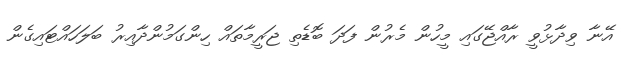
އޭނާ ވިދާޅުވީ ރާއްޖޭގައި މީހުން މެރުން ފަދަ ބޮޑެތި ޖަރީމާތައް ހިންގަމުންދާއިރު ބަލަހައްޓައިގެން